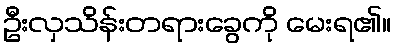
ဦးလှသိန်းတရားခွေကို မေးရ၏။